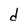
Character: d